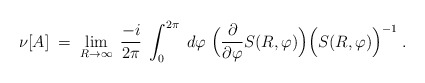
\begin{align*}\nu [ A ] \; = \; \lim_{R \rightarrow \infty} \;\frac{-i}{2 \pi} \; \int_{0}^{2\pi} \; d \varphi \;\Big(\frac{\partial}{\partial \varphi} S(R,\varphi)\Big)\Big(S(R,\varphi)\Big)^{-1} \; .\end{align*}